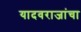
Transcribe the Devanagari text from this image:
यादवराजांचा